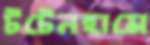
টটেনহামে